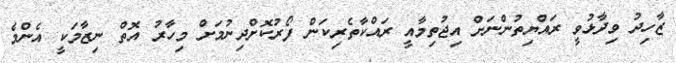
ޒާހިދު ވިދާޅުވީ ރައްޔިތުންނަށް އިޖުތިމާއީ ރައްކާތެރިކަން ފޯރުކޮށްދިނުމަށް މިހާރު އޮތް ނިޒާމަކީ އެންމެ